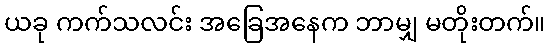
ယခု ကက်သလင်း အခြေအနေက ဘာမျှ မတိုးတက်။